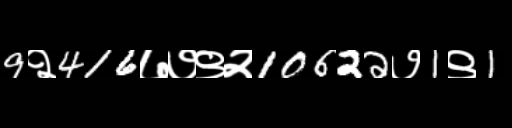
Text: 9२416७७९२10622७1९1